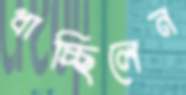
ধাচ্ছিলেন